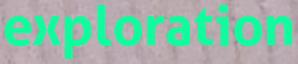
exploration